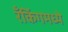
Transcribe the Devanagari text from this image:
रँकिंगमध्ये